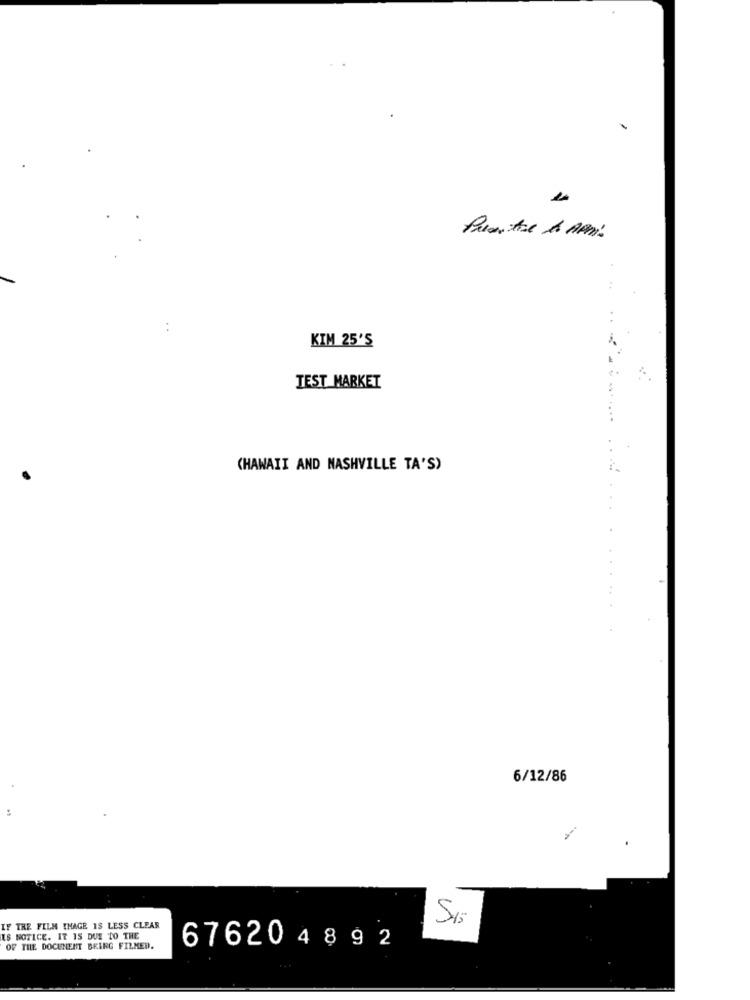
1
Prestare A ARM.
..
KIM 25'S
TEST MARKET
(HAWAII AND NASHVILLE TA'S)
6/12/86
IF THE FILM THAGE 18 LESS CLEAR
IS NOTICE. IT IS DUE TO THE
OF THE DOCUMENT BEING FILKED.
67620 4892